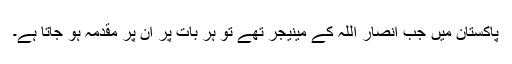
پاکستان میں جب انصار اللہ کے مینیجر تھے تو ہر بات پر ان پر مقدمہ ہو جاتا ہے۔